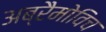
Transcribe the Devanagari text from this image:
अब्रैमोविच